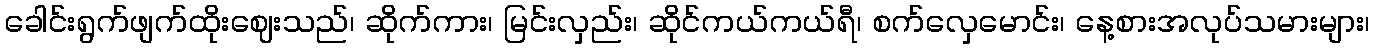
ခေါင်းရွက်ဖျက်ထိုးဈေးသည်၊ ဆိုက်ကား၊ မြင်းလှည်း၊ ဆိုင်ကယ်ကယ်ရီ၊ စက်လှေမောင်း၊ နေ့စားအလုပ်သမားများ၊